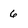
Character: 6